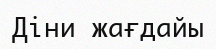
Діни жағдайы